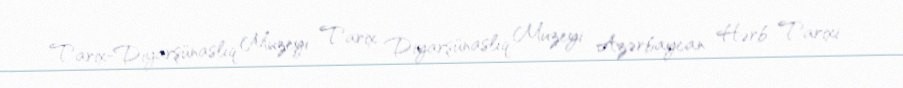
Tarix-Diyarşünaslıq Muzeyi Tarix Diyarşünaslıq Muzeyi Azərbaycan Hərb Tarixi